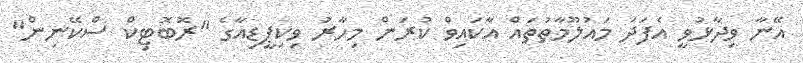
އޭނާ ވިދާޅުވީ އެފަދަ މައުލޫމާތުތައް އާކައިވް ކުރަން މިހާރު ވިކިޕީޑިއާގެ "ރޮބޮޓިކް ސްކޭނިން"